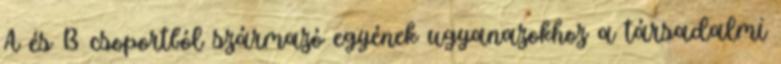
A és B csoportból származó egyének ugyanazokhoz a társadalmi